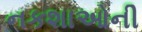
નકશાઓની